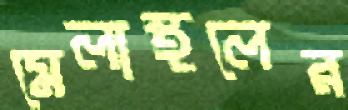
মেলাস্থলের